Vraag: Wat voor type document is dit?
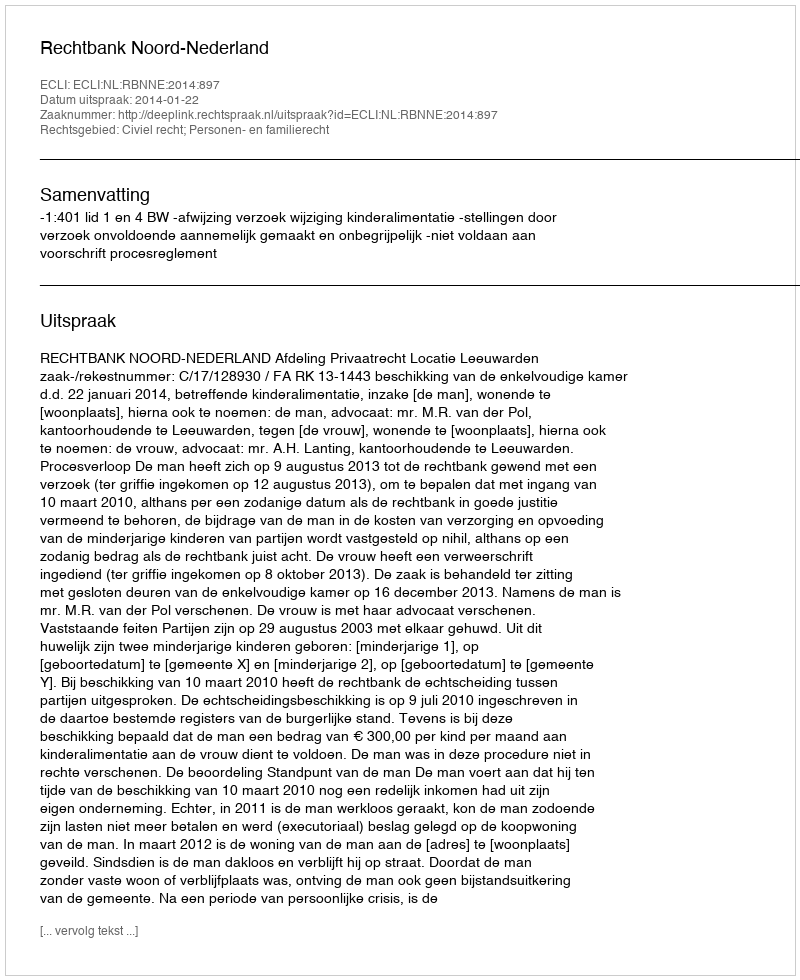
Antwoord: Uitspraak